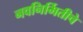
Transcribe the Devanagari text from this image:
नवनिर्मितीचे